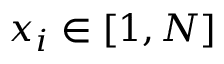
x _ { i } \in [ 1 , N ]